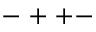
- + + -